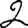
Digit: 2